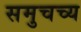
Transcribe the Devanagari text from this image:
समुचच्य